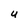
Character: U